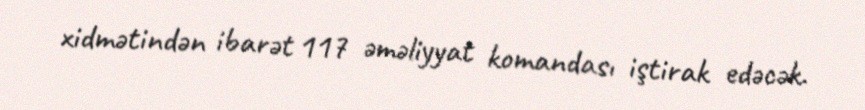
xidmətindən ibarət 117 əməliyyat komandası iştirak edəcək.